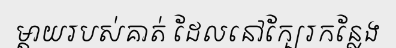
ម្តាយរបស់គាត់ ដែលនៅក្បែរកន្លែង